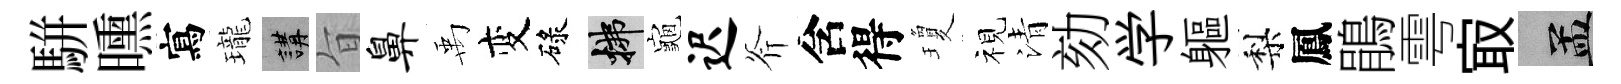
駢曛寫瓏講旨鼻禹变碌拂龜迟斧含得瓊视清劾学軀梨鳳鵑雩㝡汴